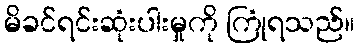
မိခင်ရင်းဆုံးပါးမှုကို ကြုံရသည်။